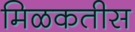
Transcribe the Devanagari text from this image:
मिळकतीस